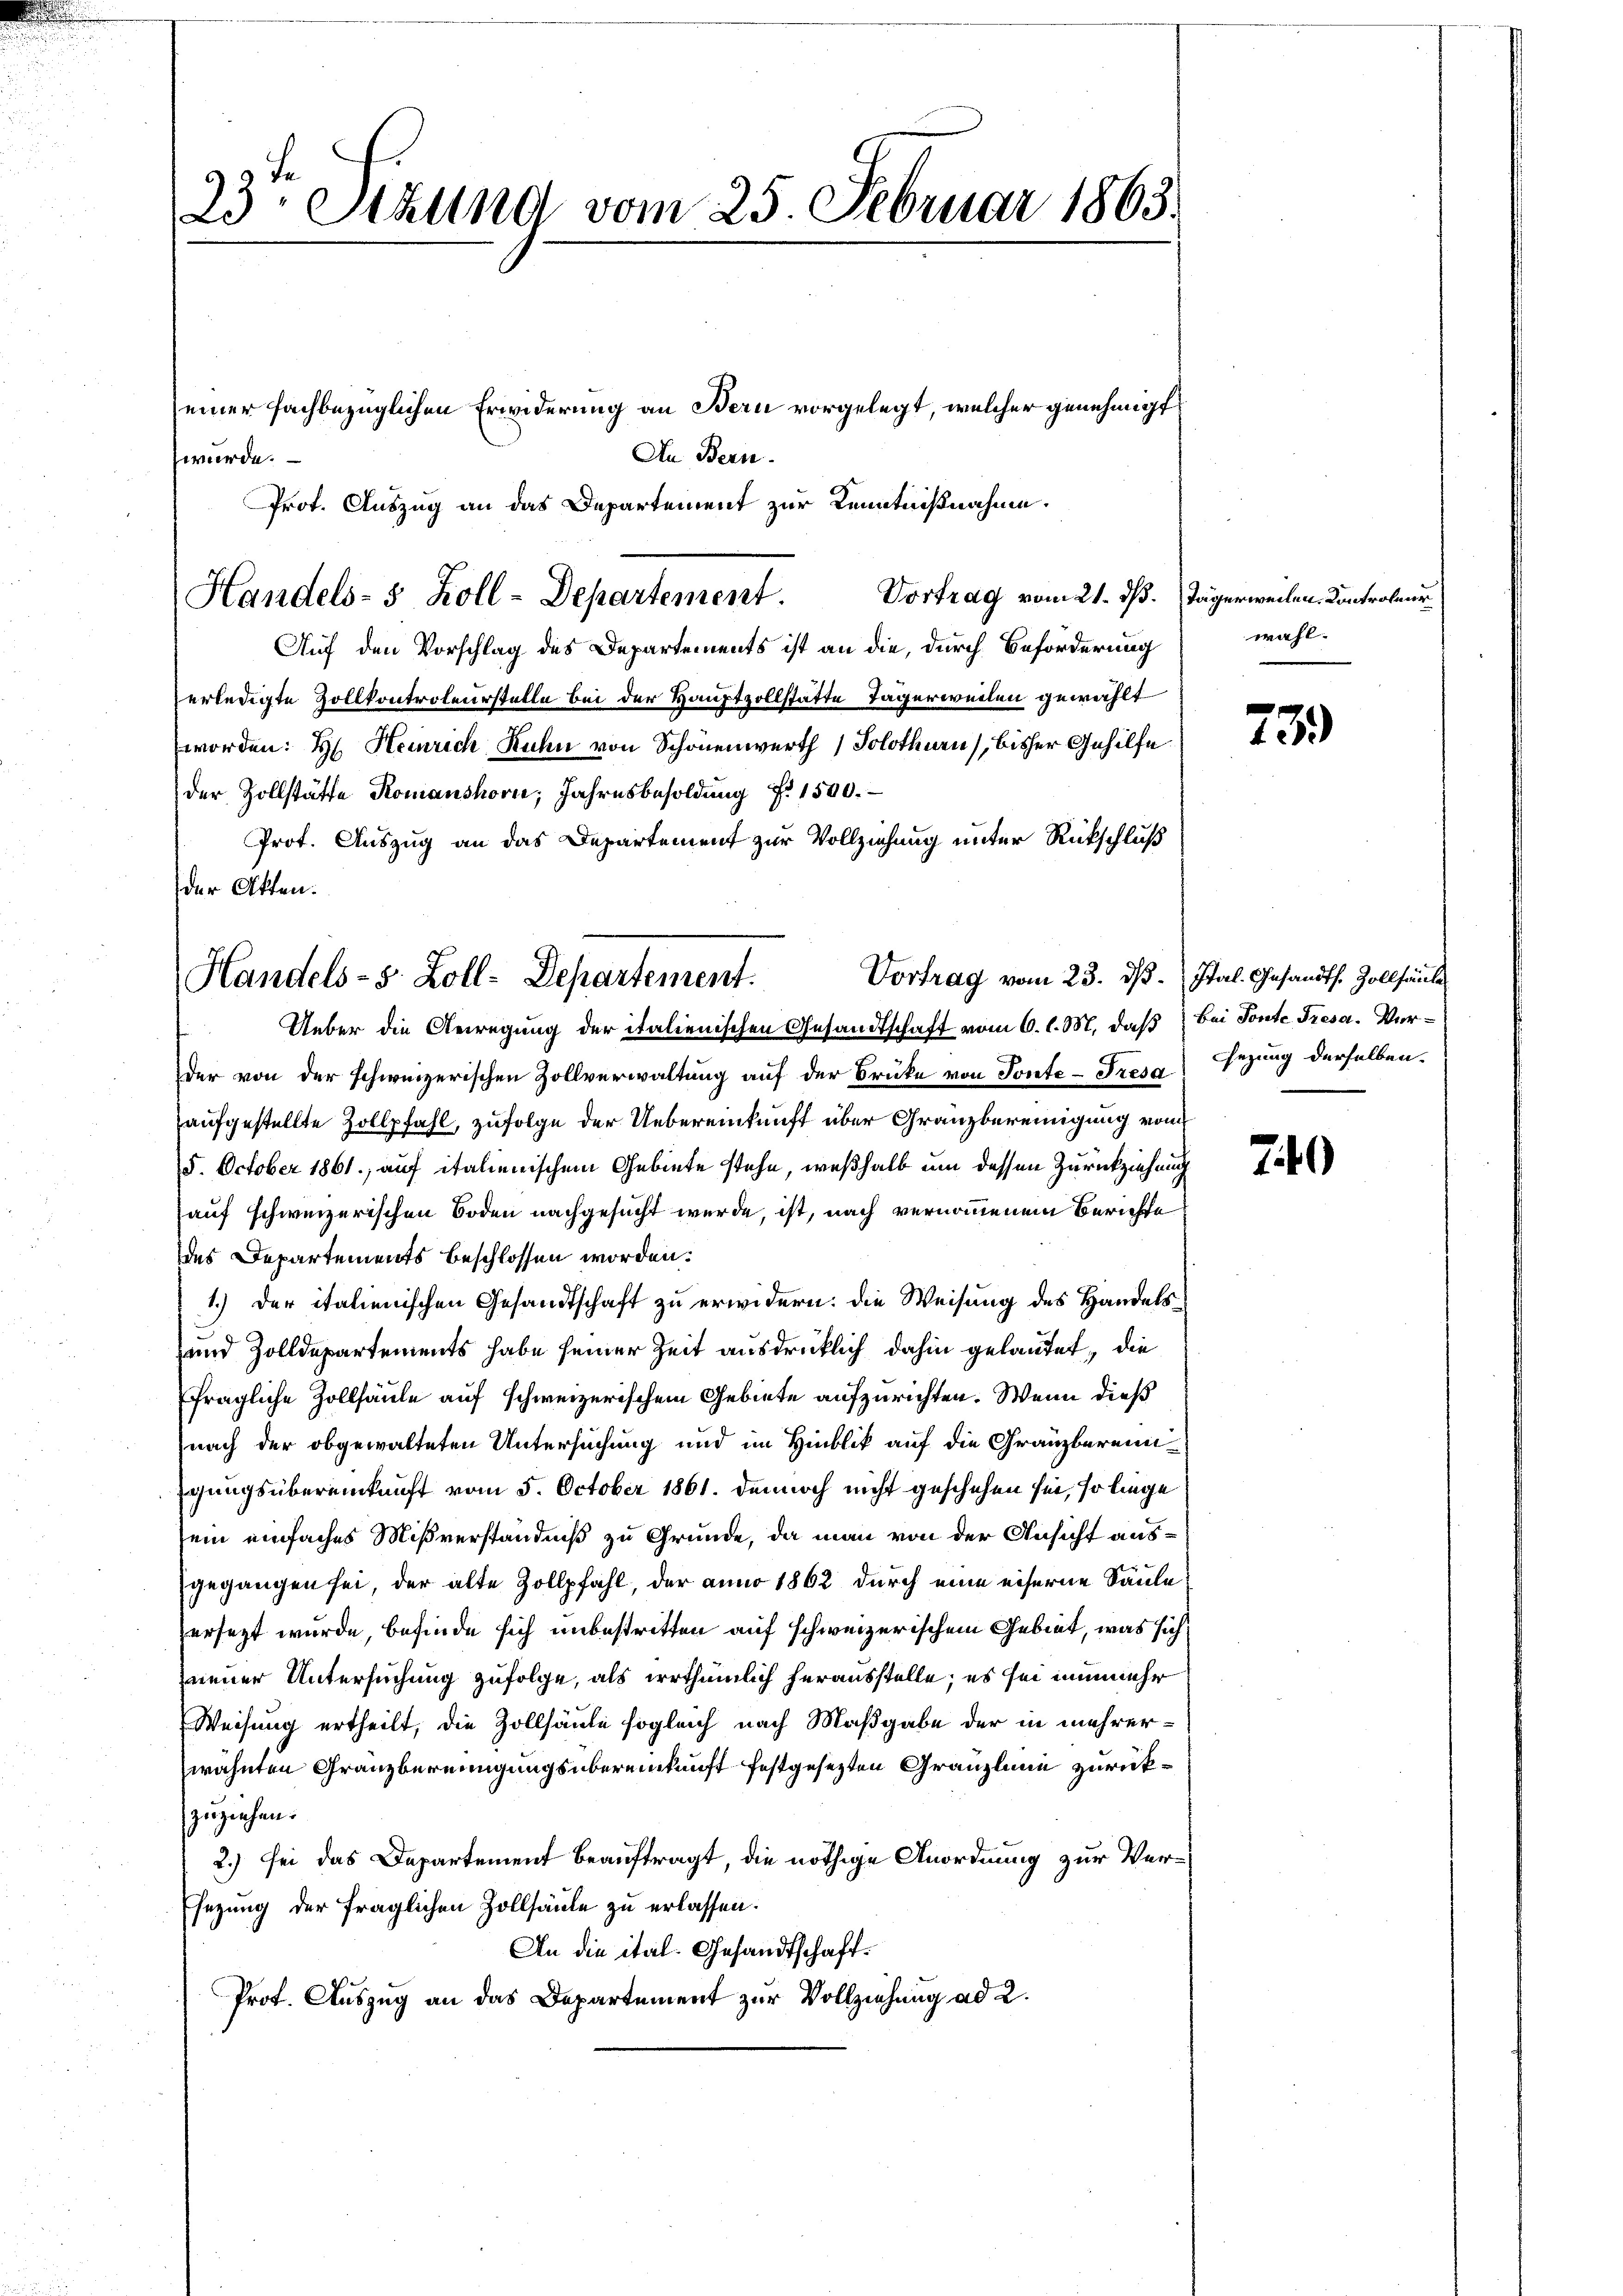
23ten Sitzung vom 25 Februar 1863.

Handels- 5 Zoll-Departement.

Handels- s. Zoll-Departement.
Ueber die Anregung der italienischen Gesandtschaft vom 6. l. M. daß bei Ponte Tresa. Ver¬

einer fachbezüglichen Erwiderung an Bern vorgelegt, welcher genehmigt
An Bern.
wurde.
rot. Auszug an das Departement zur Kenntnißnahme.
Vortrag vom 21. ds. Tägerweilen. Controleur
Auf den Vorschlag des Departements ist an die, durch Beförderung
erledigte Zollkontroleurstelle bei der Hauptzollstätte Tägerweilen gewählt
worden: H. Heinrich Ruhn von Schönenwerth , Solothurn, bisher Gehilfe
der Zollstätte Komanshorn, Jahresbesoldŭng Nr. 1500.
Prot. Auszug an das Departement zur Vollziehung unter Rückschluß
der Akten.
Vortrag vom 23. ds. Ital. Gesandts. Zollsäule
der von der schweizerischen Zollverwaltung auf der Brüke von Ponte-Tresa Gezung derselben
aufgestellte Zollpfahl, zufolge der Uebereinkunft über Granzbereinigung vom
8. October 1861, auf italienischem Gebiete stehe, weßhalb um dessen Zurückziehung
auf schweizerischen Boden nachgesucht werde, ist, nach vernommenem Berichte
des Departements beschlossen worden.
1.) Der italienischen Gesandtschaft zu erwidern: die Weisung des Handels¬
und Zolldepartements habe seiner Zeit ausdrücklich dahin gelautet, die
fragliche Zollsäule auf schweizerischem Gebiete aufzurichten. Wenn dieß
nach der obgewalteten Untersuchung und im Hinblik auf die Granzbereinigungsübereinkunft vom 5. October 1861. dennoch nicht geschehen sei, so liege
lein einfaches Mißverständniß zu Grunde, da man von der Ansicht ausgegangen sei, der alte Zollpfahl, der anno 1862 durch eine eiserne Säule
ersezt wurde, befinde sich unbestritten auf schweizerischem Gebiet, was sich
Zeener Untersuchung zufolge, als irrthümlich herausstelle; es sei nunmehr
Weisung ertheilt, die Zollsäule sogleich nach Maßgabe der in mehrerwähnten Granzbereinigungsübereinkunft festgesezten Gränzlini zurückzuziehen.
2.) sei das Departement beauftragt, die nöthige Anordnung zur Ver¬
Esezung der fraglichen Zollsäule zu erlassen.
An die ital- Gesandtschaft.
Prof. Auszug an das Departement zur Vollziehung ad 2.

wahl.

73.

740